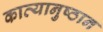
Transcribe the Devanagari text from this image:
काव्यानुष्ठान